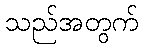
သည်အတွက်